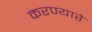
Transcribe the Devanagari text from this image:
करण्यारे